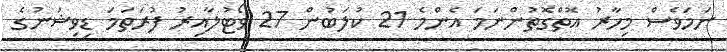
ނަމަވެސް މިހާރު އޮތްގޮތުންނަމަ އެންމެ 21 ކުލަބުން 27 ވޯޓުލާއިރު ފުރަތަމަ ޑިވިޝަނުގެ